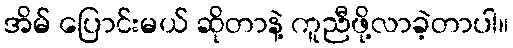
အိမ် ပြောင်းမယ် ဆိုတာနဲ့ ကူညီဖို့လာခဲ့တာပါ။